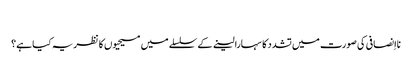
‏
نااِنصافی کی صورت میں تشدد کا سہارا لینے کے سلسلے میں مسیحیوں کا نظریہ کیا ہے؟